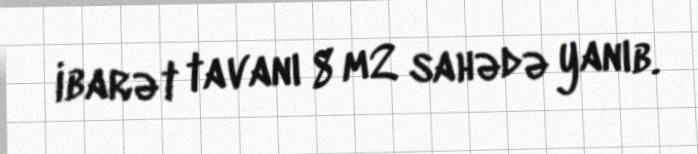
ibarət tavanı 8 m2 sahədə yanıb.